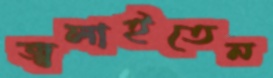
জ্বলাইতেন